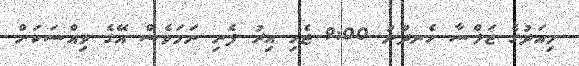
މިއަދުގެ ޖަލްސާ ހެނދުނު 9:00 ޖެހި އިރު ފެށި ނަމަވެސް އޭގެ ވިއްސަކަށް